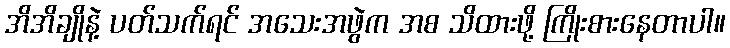
အိအိချိုနဲ့ ပတ်သက်ရင် အသေးအဖွဲက အစ သိထားဖို့ ကြိုးစားနေတာပါ။